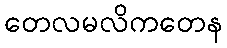
တေလမလိကတေန